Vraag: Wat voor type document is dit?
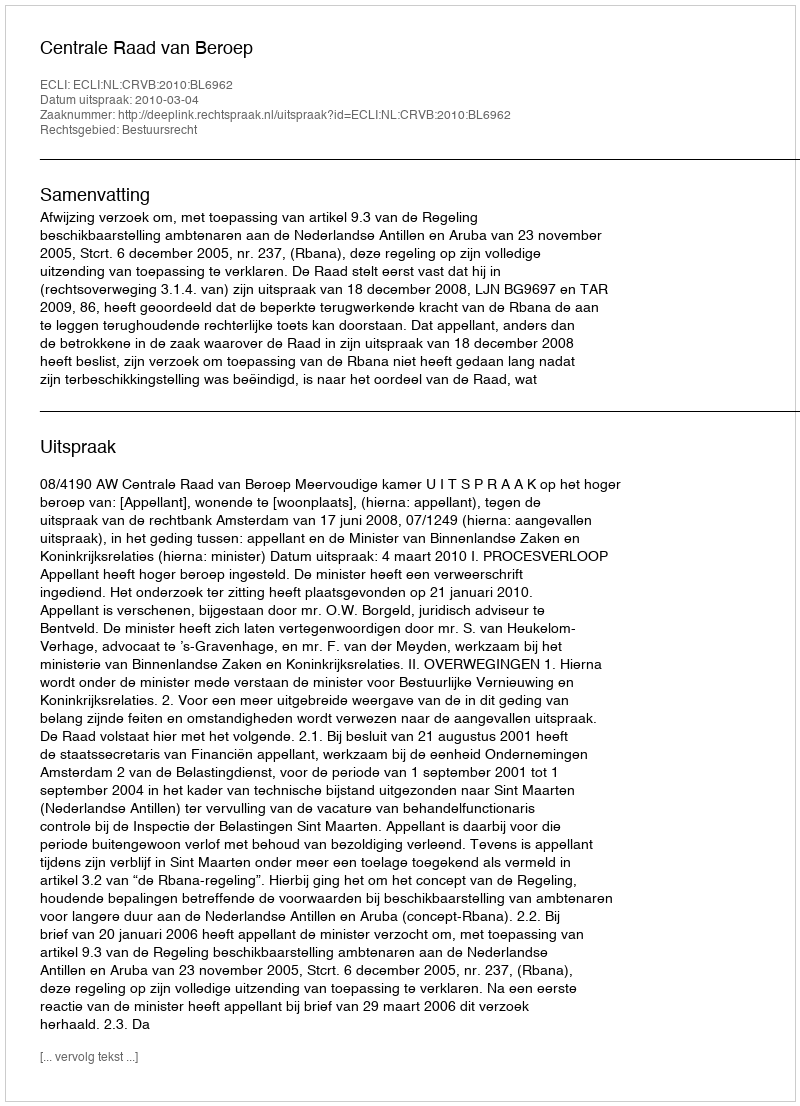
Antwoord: Uitspraak